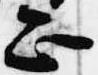
正